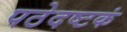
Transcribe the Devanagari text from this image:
पठेदष्टकं